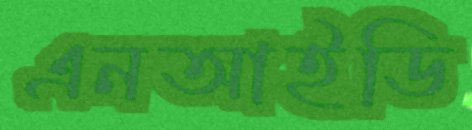
এনআইডি